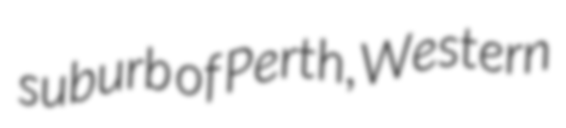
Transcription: suburb of Perth, Western